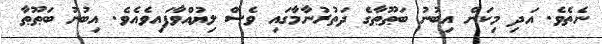
ނެތެވެ. އަދި މިކަން އިބުނު ބަޠޫޠާގެ ދަތުރުނާމާގައި ވެސް ލިޔުއްވާފައިވެއެވެ. އިބުނު ބަޠޫޠާ